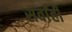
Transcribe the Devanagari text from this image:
सर्वांही